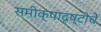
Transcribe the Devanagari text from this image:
समीक्षादृष्टीचे